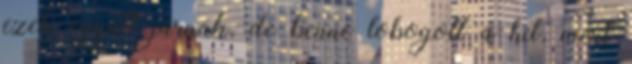
ezek együtt járnak, de benne lobogott a hit, mert